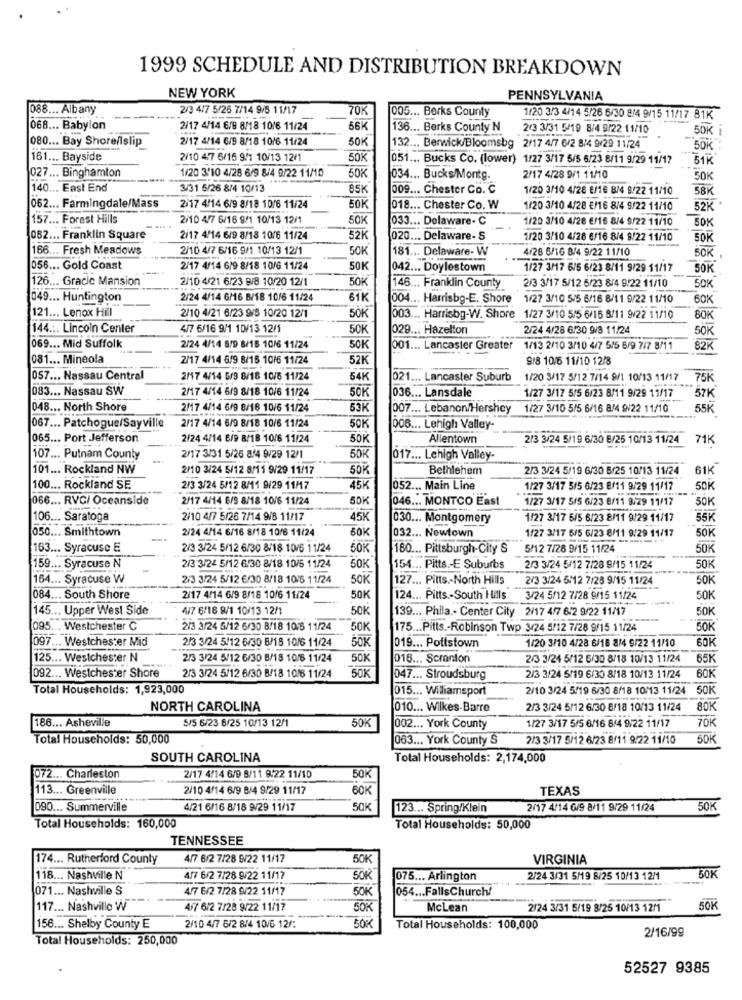
1999 SCHEDULE AND DISTRIBUTION BREAKDOWN
NEW YORK
PENNSYLVANIA
088 ... Albany
2/3 4/7 5/26 7/14 9/8 11/17
70K
005 ... Berks County
1/20 3/3 4/14 5/26 6/30 8/4 9/15 11/17 81K
068 ... Babylon
2/17 4/14 6/9 8/18 10/6 11/24
56K
136 ... Berks County N
2/3 3/31 5/19 8/4 9/22 11/10
50K
080 ... Bay Shore/lslip
2/17 4/14 6/9 8/18 10/6 11/24
50K
132 ... Berwick/Bloomsbg
2/17 4/7 6/2 8/4 9/29 11/24
50K
161 ... Bayside
2/10 47 6/16 9/1 10/13 12/1
50K
051 ... Bucks Co. (lower) 1/27 3/17 5/5 6/23 8/11 9/29 11/17
51K
027 ... Binghamton
1/20 3'10 4/28 6/9 8/4 9/22 11/10
50K
034 ... Bucks/Montg.
2/17 4/28 9/1 11/10
50K
140 ... East End
3/31 5/26 8/4 10/13
85K
009 ... Chester Co. C
1/20 3/10 4/28 E/16 8/4 9/22 11/10
58K
062 ... Farmingdale/Mass
2/17 4/14 6/9 8/18 10/6 11/24
50K
018 ... Chester Co. W
1/20 3/10 4/28 €/16 8/4 9/22 11/10
52K
157 ... Forest Hills
2/10 4/7 6/16 9/1 10/13 12/1
50K
033 ... Delaware- C
1/20 3/10 4/28 €/16 8/4 9/22 11/10
SOK
052 ... Franklin Square
2/17 4/14 6/9 8/18 10/6 11/24
52K
020 ... Delaware- S
1/20 3/10 4/28 6/16 8/4 9/22 11/10
50K
166 ... Fresh Meadows
2/10 4/7 6/16 9/1 10/13 12/1
50K
181 ... Delaware- W
4/26 6/16 8/4 9/22 11/10
SOK
056 ... Gold Coast
2/17 4/14 6/9 8/18 10/6 11/24
50K
042 ... Doylestown
1/27 3/17 6/5 6/23 8/11 9/29 11/17
SOK
126 ... Gracic Mansion
2/10 4/21 6/23 9/8 10/20 12/1
50K
146 ... Franklin County
2/3 3/17 5/12 6/23 8/4 9/22 11/10
50K
1049 ... Huntington
2/24 4/14 6/16 B/18 10/6 11/24
61K
004 ... Harrisbg-E. Shore
1/27 3/10 5/5 5/16 8/11 9/22 11/10
60K
50K
121 ... Lenox Hill
2/10 4/21 6/23 9/8 10/20 12/1
003 ... Harrisbg-W. Shore 1/27 3/10 5/5 6/16 8/11 9/22 11/10
80K
144 .:. Lincoln Center
4/7 6/16 9/1 10/13 12/1
50K
029 ... Hazelton
2/24 4/28 6/30 9/8 11/24
50K
069 ... Mid Suffolk
2/24 4/14 8/9 8/18 10/6 11/24
50K
001 ... Lancaster Greater
1/13 2/10 3/10 4/7 5/5 6/9 7/7 8/11
82K
081 ... Mineola
2/17 4/14 6/9 8/16 10/6 11/24
52K
918 10/6 11/10 12/8
057 ... Nassau Central
2/17 4/14 5/9 8/18 10/5 11/24
54K
021 ... Lancaster Suburb
1/20 3/17 5/12 7/14 9/1 10/13 11/17
75K
083 ... Nassau SW
2/17 4/14 6/9 8/18 10/6 11/24
50K
036 ... Lansdale
57K
1/27 3/17 5/5 6/23 8/11 9/29 11/17
048 ... North Shore
2/17 4/14 6/9 8/16 10/6 11/24
53K
007 ... Lebanon/Hershey 1/27 3/10 5/5 6/16 8/4 9/22 11/10
55K
067 ... Patchogue/Sayville
2/17 4/14 6/9 8/18 10/6 11/24
50K
006 ... Lehigh Valley-
065 ... Port Jefferson
2/24 4/14 6/9 8/18 10/6 11/24
50K
Allentown
2/3 3/24 5/19 6/30 8/25 10/13 11/24 71K
107 ... Putnam County
2/17 3/31 5/26 8/4 9/29 12/1
50K
017 ... Lehigh Valley-
101 ... Rockland NW
2/10 3/24 5/12 8/11 9/29 11/17
50M
Bethlehem
2/3 3/24 5/19 6/30 8/25 10/13 11/24
61K
100 ... Rockland SE
---
2/3 3/24 5/12 8/11 9/29 11/17
45K
052 ... Main Line
1/27 3/17 5/5 6/23 8/11 9/29 11/17
50K
066 ... RVC/ Oceanside
2/17 4/14 6/9 8/18 10/6 11/24
5DK
046 ... MONTCO East
1/27 3/17 5/5 6/23 8/11 9/29 11/17
SOK
106 ... Saratoga
2/10 4/7 5/26 7/14 9/8 11/17
45K
030 ... Montgomery
1/27 3/17 5/5 6/23 8/11 9/29 11/17
55K
2/24 4/14 6/16 8/18 10/6 11/24
60K
032 ... Newtown
50K
050 ... Smithtown
1/27 3/17 5/5 6/23 8/11 9/29 11/17
163 ... Syracuse E
2/3 3/24 5/12 6/30 8/18 10/6 11/24
50K
160 ... Pittsburgh-City S
5/12 7/26 9/15 11/24
50K
159 ... Syracuse N
2/3 3/24 5/12 6/30 8/18 10/5 11/24
50K
154 ... Pitts .- E Suburbs
2/3 3/24 5/12 7/28 9/15 11/24
50K
164 ... Syracuse W
2/3 3/24 5/12 €/30 8/18 1016 11/24
50K
127 ... Pitts .- North Hills
2/3 3/24 5/12 7/28 9/15 11/24
50K
084 ... South Shore
2/17 4/14 6/9 8/18 10/6 11/24
50K
124 ... Pitts .- South I als
3/24 5/12 7/28 9/15 11/24
50K
145 ... Upper West Side
4/7 6/16 9/1 10/13 12/1
50K
139 ... Phila .- Center City 2/17 4/7 6:2 9/22 11/17
50K
095 ... Westchester C
2/3 3/24 5/12 6/30 8/18 10/6 11/24
50K
175 ... Pitts .- Robinson Twp 3/24 5/12 7/28 9/15 11/24
50K
097 ... Westchester Mid
2/3 3/24 5/12 6/30 8/18 10/6 11/24
SOK
1/20 3/10 4/28 6/18 8/4 9/22 11/10
60K
019 ... Pottstown
125 ... Westchester N
2/3 3/24 5/12 6/30 8/18 10/6 11/24
50K
016 ... Scranton
2/3 3/24 5/12 6/30 8/18 10/13 11/24
65K
092 ... Westchester Shore
50K
2/3 3/24 5/12 6/30 8/18 10/6 11/24
047 ... Stroudsburg
2/3 3/24 5/19 6/30 8/18 10/13 11/24
60K
Total Households: 1,923,000
015 ... Williamsport
2/10 3/24 5/19 6/30 8/18 10/13 11/24
50K
NORTH CAROLINA
010 ... Wilkes-Barre
2/3 3/24 5/12 6/30 8/18 10/13 11/24
80K
5/5 6/23 6/25 10/13 12/1
70K
188 ... Asheville
50K
002 ... York County
1/27 3/17 5/5 6/16 844 9/22 11/17
Total Households: 50,000
063 ... York County S 2/3 3/17 5/12 6/23 8/11 9/22 11/10
50K
SOUTH CAROLINA
Total Households: 2,174,000
072 ... Charleston
2/17 4/14 6/9 8/11 8:22 11/10
50K
113 ... Greenville
2/10 4/14 6/9 8/4 9/29 11/17
60K
TEXAS
090 ... Summerville
4/21 6/16 8/18 9/29 11/17
SOK
123 ... Spring/Klein
2/17 4/14 G/9 8/11 9/29 11/24
50K
Total Households: 160,000
Total Households: 50,000
TENNESSEE
174 ... Rutherford County
4/7 6/2 7/28 9/22 11/17
50K
VIRGINIA
50K
118 ... Nashville N
4/7 6/2 7/28 9/22 11/17
50K
075 ... Arlington
2/24 3/31 5/9 8/25 10/13 12/1
071 ... Nashville S
4/7 6/2 7/28 9/22 11/17
50K
054 ... FallsChurch/
117 ... Nashville W
417 6/2 7/28 9/22 11/17
50K
McLean
2/24 3/31 5/19 8/25 10/13 12/1
50K
50K
156 ... Shelby County E
2/10 4/7 6/2 8/4 10/6 12/:
Total Households: 100,000
2/16/99
Total Households: 250,000
52527 9385